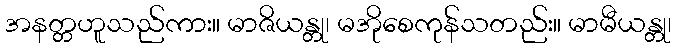
အနတ္တဟူသည်ကား။ မာဇိယန္တု၊ မအိုစေကုန်သတည်း။ မာမီယန္တု၊